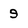
Character: 9